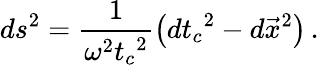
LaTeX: ds^{2}=\frac{1}{\omega^{2}{t_{c}}^{2}}\left({dt_{c}}^{2}-d\vec{x}^{2}\right)\, .